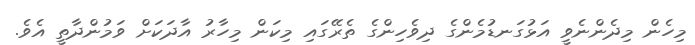
މިހެން މިދެންނެވީ އަޅުގަނޑުމެންގެ ދިވެހިންގެ ތެރޭގައި މިކަން މިހާރު އާދަަކަށް ވަމުންދާތީ އެވެ.